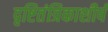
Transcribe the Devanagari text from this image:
दृष्टितंत्रिकाशीर्ष